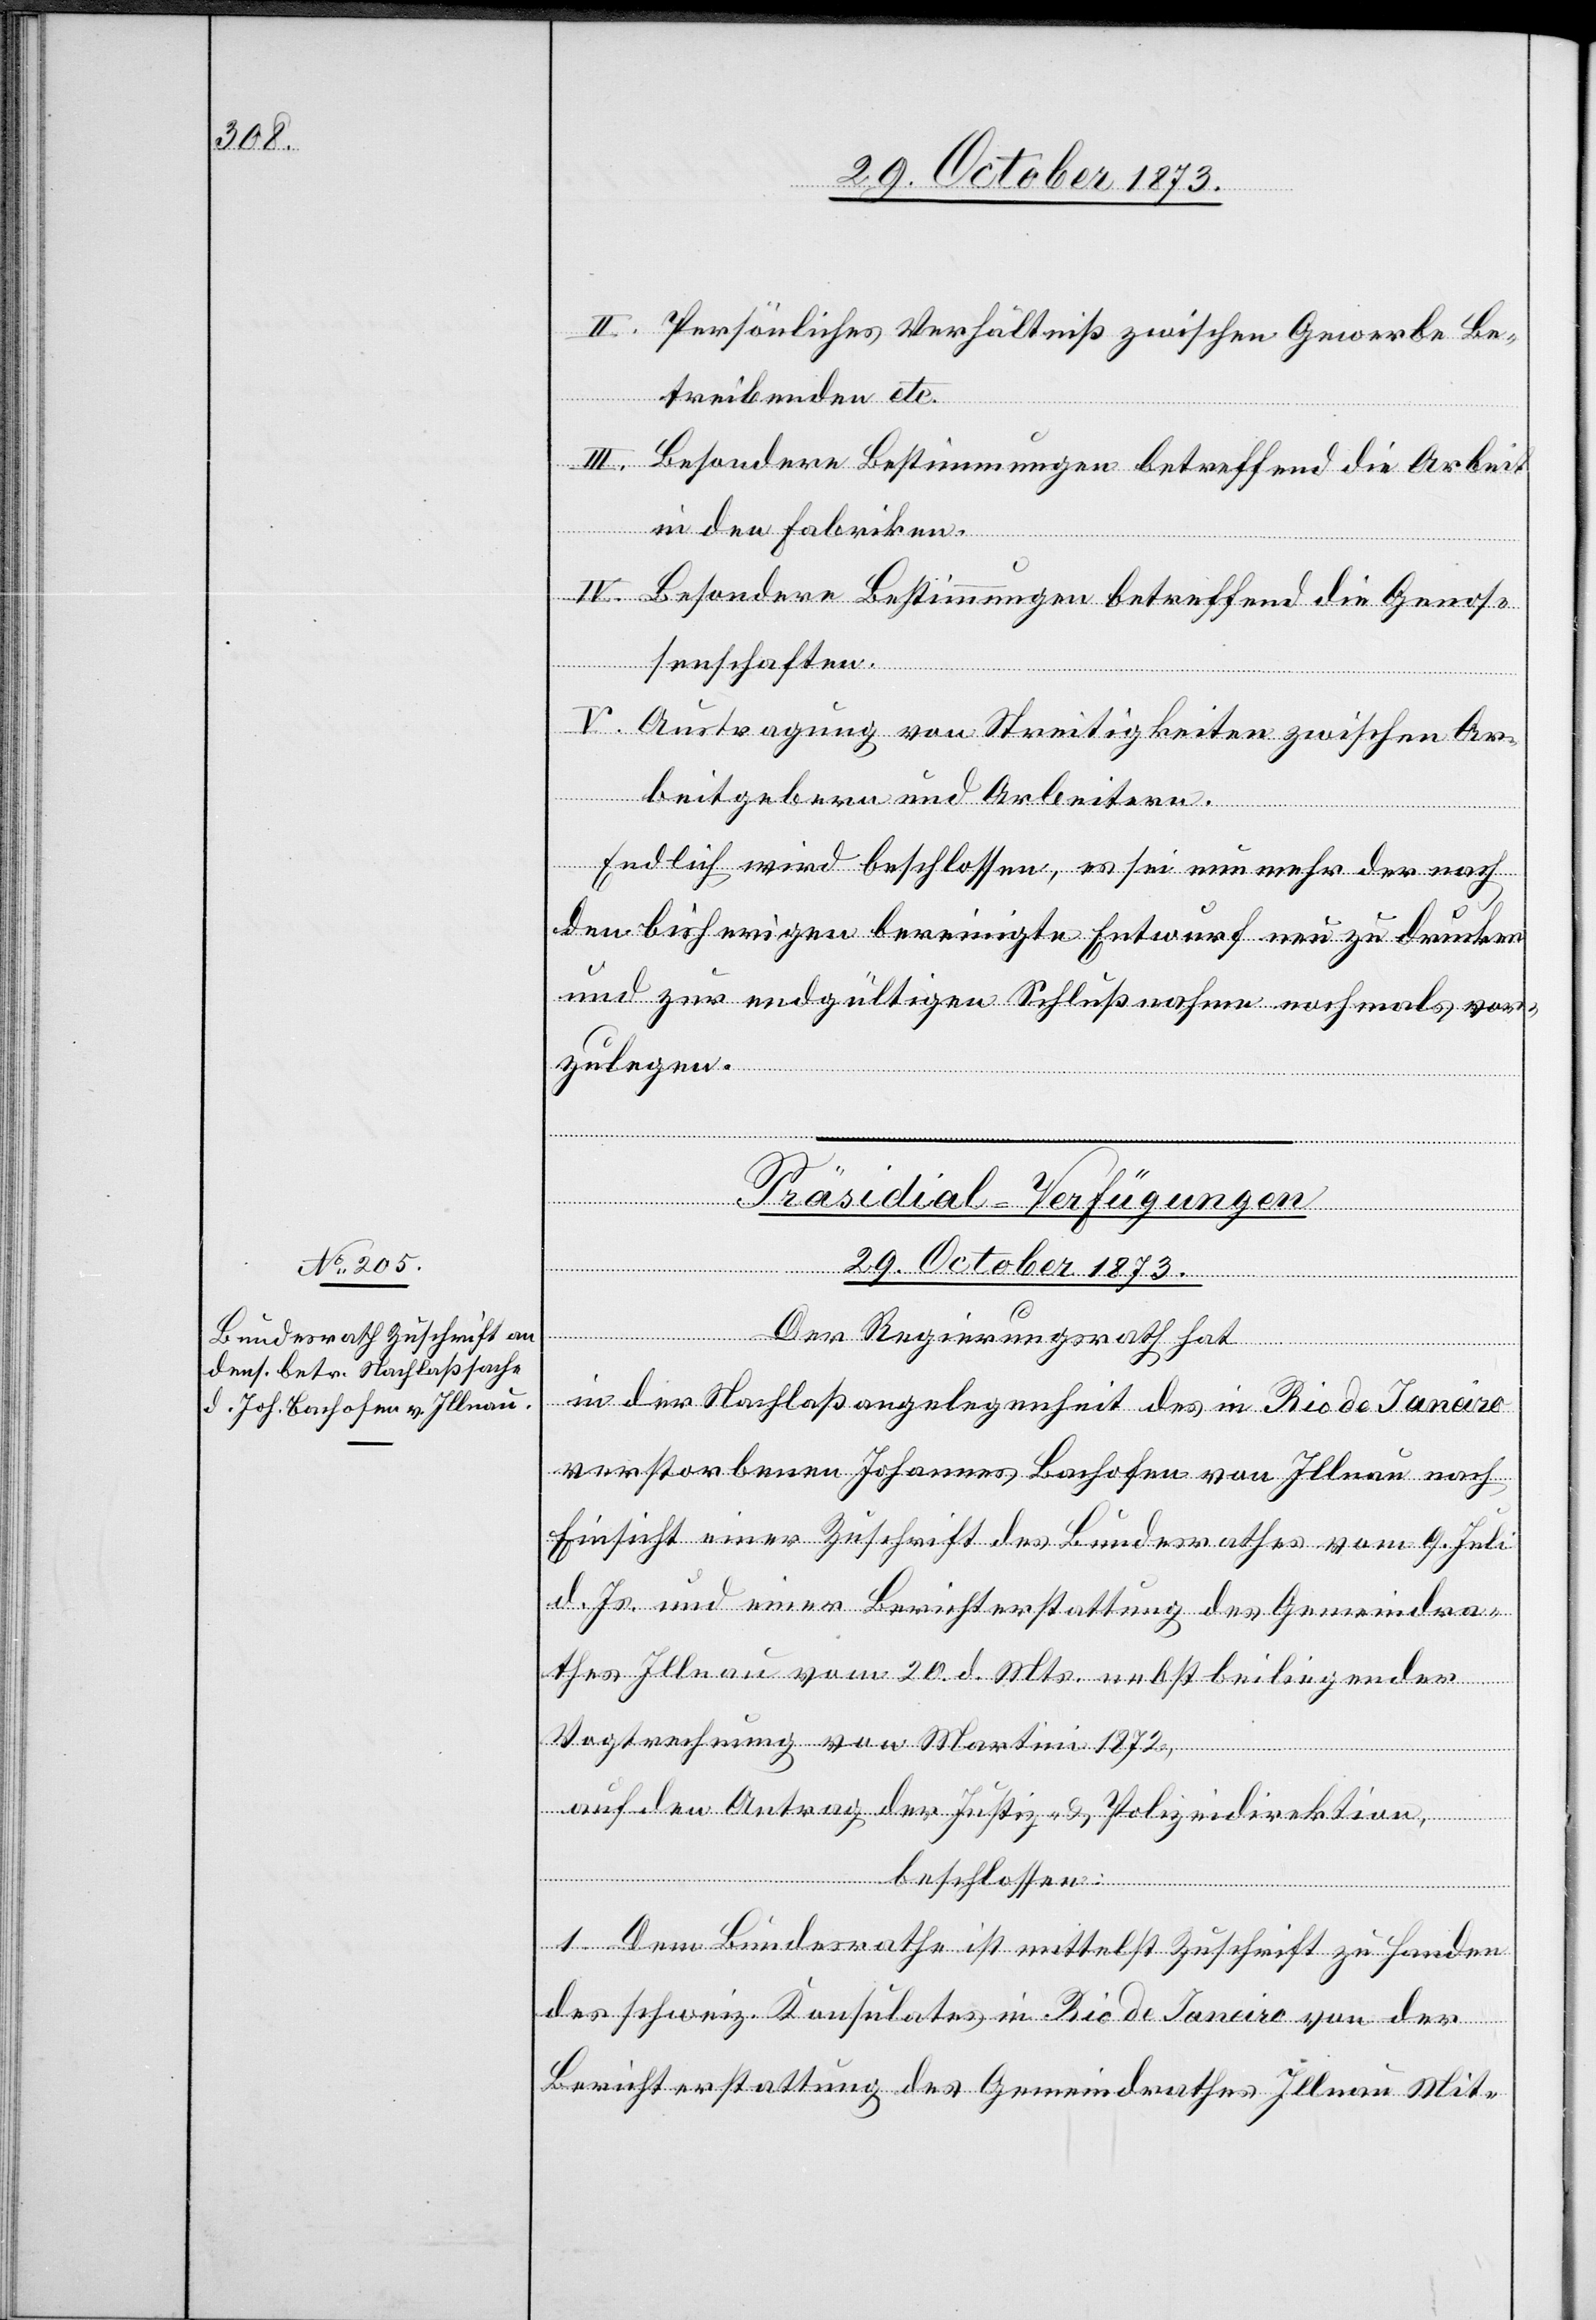
II. Persönliches Verhältniß zwischen Gewerbe Be¬
treibenden etc.
III. Besondere Bestimmungen betreffend die Arbeit
in den Fabriken.
IV. Besondere Bestimmungen betreffend die Genos¬
senschaften.
V. Austragung von Streitigkeiten zwischen Ar¬
beitgebern und Arbeitern.
Endlich wird beschlossen, es sei nunmehr der nach
den bisherigen bereinigte Entwurf [sic!] neu zu drucken
und zur endgültigen Schlußnahme nochmals vor¬
zulegen.
Präsidial-Verfügungen
29. October 1873.
Der Regierungsrath hat
in der Nachlaßangelegenheit des in Rio de Janeiro
verstorbenen Johannes Bachofen von Illnau nach
Einsicht einer Zuschrift des Bundesrathes vom 9. Juli
d. Js. und einer Berichterstattung des Gemeindra¬
thes Illnau vom 20. d. Mts. nebst beiliegender
Vogtrechnung von Martini 1872,
auf den Antrag der Justiz- & Polizeidirektion,
beschlossen:
1. Dem Bundesrathe ist mittelst Zuschrift zu Handen
des schweiz. Konsulates in Rio de Janeiro von der
Berichterstattung des Gemeindrathes Illnau Mit-